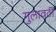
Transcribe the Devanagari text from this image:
गुलावठी